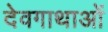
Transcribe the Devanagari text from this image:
देवगाथाओं